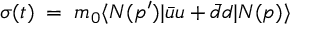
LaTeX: \sigma ( t ) \; = \; m _ { 0 } \langle N ( p ^ { \prime } ) | \bar { u } u + \bar { d } { d } | N ( p ) \rangle